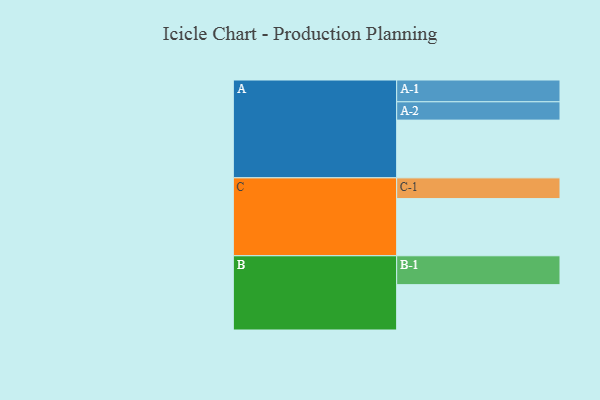
{"axis": {"x": "Segment", "y": "Value"}, "legend": ["", "A", "B", "C"], "data": [{"x": "A", "y": 596, "type": ""}, {"x": "B", "y": 468, "type": ""}, {"x": "C", "y": 590, "type": ""}, {"x": "A-1", "y": 225, "type": "A"}, {"x": "A-2", "y": 189, "type": "A"}, {"x": "B-1", "y": 298, "type": "B"}, {"x": "C-1", "y": 214, "type": "C"}]}